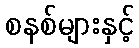
စနစ်များနှင့်